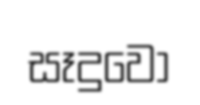
සෑදුවෝ